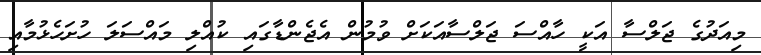
މިއަދުގެ ޖަލްސާ އަކީ ހާއްސަ ޖަލްސާއަކަށް ވުމުން އެޖެންޑާގައި ކުއްލި މައްސަލަ ހުށަހެޅުމާއި